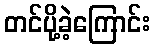
တင်ပို့ခဲ့ကြောင်း